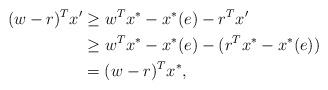
LaTeX: \begin{align*}(w - r)^T x' &\geq w^T x^* - x^*(e) - r^T x' \\ &\geq w^T x^* - x^*(e) - (r^T x^* - x^*(e)) \\ &= (w-r)^T x^*,\end{align*}